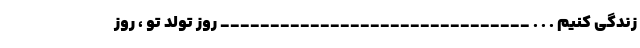
زندگی کنیم . . . _______________________________ روز تولد تو ، روز